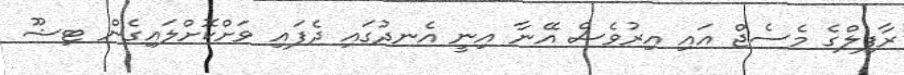
ރާފިލްގެ މެސެޖް އައި އިރުވެސް އޭނާ އިނީ އެނދުގައި ދެފައި ވަށްކޮށްލައިގެން ޓިޝޫ